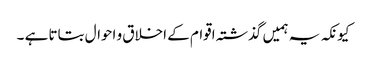
کیونکہ یہ ہمیں گذشتہ اقوام کے اخلاق و احوال بتاتا ہے ۔